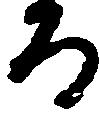
ろ